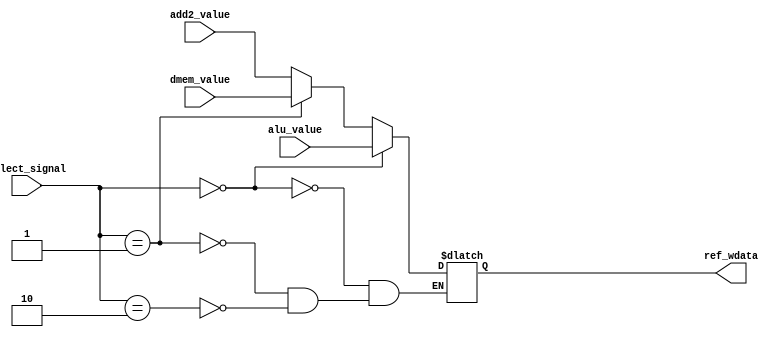
module mux31 (
    input [31:0] dmem_value,
    input [31:0] alu_value,
    input [31:0] add2_value,
    input [1:0] select_signal,
    output reg [31:0] ref_wdata
);

// this module is to output the value write in regfile , we have 3 sources : dmem(lw), alu( most instruction),add2(jal)

always @(*) 
begin
    if(select_signal==2'b00)
        ref_wdata<=alu_value;
    else if(select_signal==2'b01)
        ref_wdata<=dmem_value;
    else if(select_signal==2'b10)
        ref_wdata<=add2_value;
end

endmodule //mux31